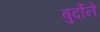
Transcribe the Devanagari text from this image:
बुर्दोने